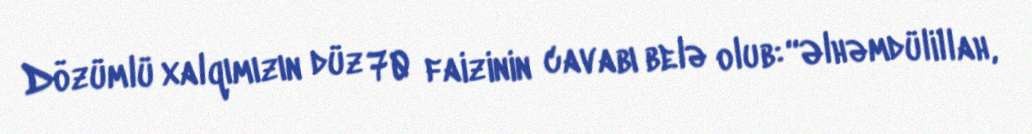
Dözümlü xalqımızın düz 70 faizinin cavabı belə olub: “Əlhəmdülillah,